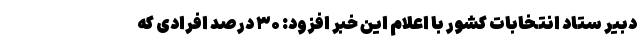
دبیر ستاد انتخابات کشور با اعلام این خبر افزود: ۳۰ درصد افرادی که